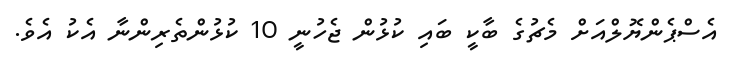
އެސްޕެންޔޮލްއަށް މެޗުގެ ބާކީ ބައި ކުޅުން ޖެހުނީ 10 ކުޅުންތެރިންނާ އެކު އެވެ.